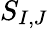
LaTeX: S_{I,J}